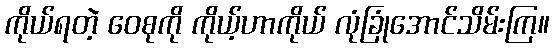
ကိုယ်ရတဲ့ ဝေစုကို ကိုယ့်ဟာကိုယ် လုံခြုံအောင်သိမ်းကြ။